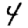
Digit: 4